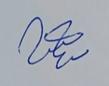
Signature authenticity: genuine